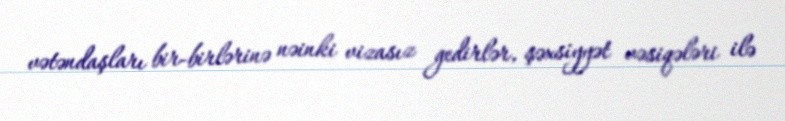
vətəndaşları bir-birlərinə nəinki vizasız gedirlər, şəxsiyyət vəsiqələri ilə